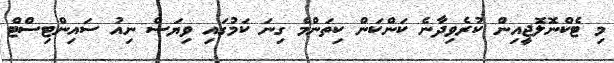
މި ޓެކްނޮލޮޖީއިން ކުރެވިދާނެ ކަންކަން ކިތަންމެ ގިނަ ކަމުގައި ވިޔަސް ނިއު ސައިންޓިސްޓް